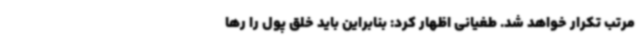
مرتب تکرار خواهد شد. طغیانی اظهار کرد: بنابراین باید خلق پول را رها